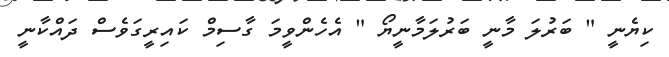
ކިޔެނީ " ބަރުލަ މާނީ ބަރުލަމާނީޔޯ " އެހެންވީމަ ގާސިމް ކައިރީގަވެސް ދައްކާނީ